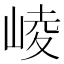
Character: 崚